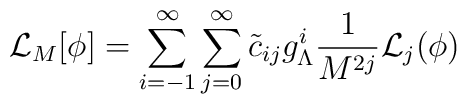
{\cal L}_M[\phi]=\sum_{i=-1}^\infty\sum_{j=0}^\infty\tilde c_{ij} g_\Lambda^i \frac {1}{M^{2j}}{\cal L}_j(\phi)